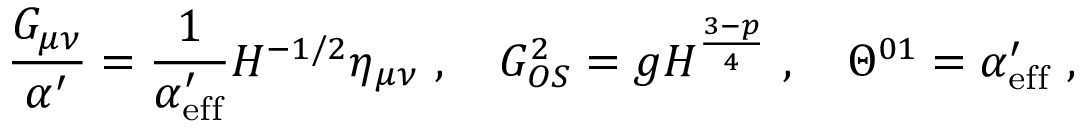
\frac { G _ { \mu \nu } } { \alpha ^ { \prime } } = \frac { 1 } { \alpha _ { \mathrm { e f f } } ^ { \prime } } H ^ { - 1 / 2 } \eta _ { \mu \nu } \ , \quad G _ { O S } ^ { 2 } = g H ^ { \frac { 3 - p } { 4 } } \ , \quad \Theta ^ { 0 1 } = \alpha _ { \mathrm { e f f } } ^ { \prime } \ ,